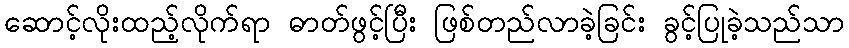
ဆောင့်လိုးထည့်လိုက်ရာ ဓာတ်ဖွင့်ပြီး ဖြစ်တည်လာခဲ့ခြင်း ခွင့်ပြုခဲ့သည်သာ